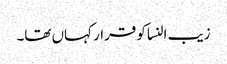
زیب النسا کو قرار کہاں تھا۔